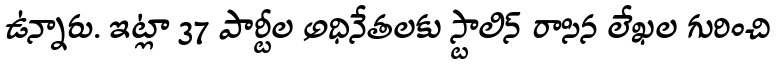
ఉన్నారు. ఇట్లా 37 పార్టీల అధినేతలకు స్టాలిన్ రాసిన లేఖల గురించి